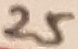
Text: 25